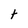
Character: t